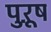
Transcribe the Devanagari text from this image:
पुऱूष